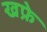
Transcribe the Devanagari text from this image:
खफ्रे